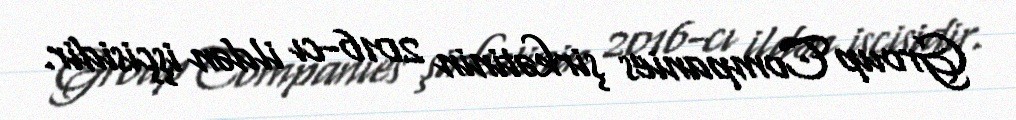
Group Companies şirkətinin 2016-cı ildən işçisidir.